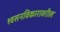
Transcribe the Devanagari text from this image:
श्वसनविकारावरील